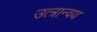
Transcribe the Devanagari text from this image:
उत्त्रान्वय